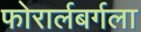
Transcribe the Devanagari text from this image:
फोरार्लबर्गला